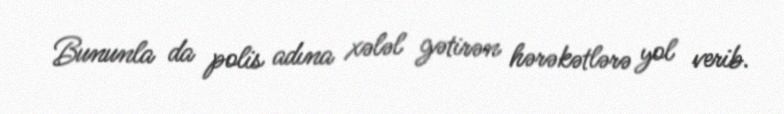
Bununla da polis adına xələl gətirən hərəkətlərə yol verib.